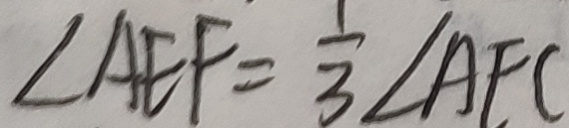
\angle A E F = \frac { 1 } { 3 } \angle A F C